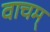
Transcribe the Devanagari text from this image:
वाचम्